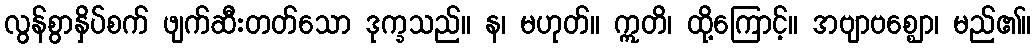
လွန်စွာနှိပ်စက် ဖျက်ဆီးတတ်သော ဒုက္ခသည်။ န၊ မဟုတ်။ ဣတိ၊ ထို့ကြောင့်။ အဗျာဗစ္ဈော၊ မည်၏။